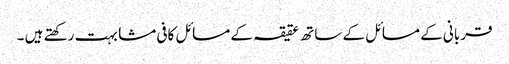
قربانی کے مسائل کے ساتھ عقیقہ کے مسائل کافی مشابہت رکھتے ہیں ۔